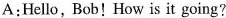
A:Hello, Bob! How is it going?